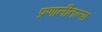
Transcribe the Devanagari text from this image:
प्रणालीतल्या